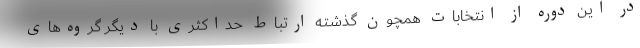
در این دوره از انتخابات همچون گذشته ارتباط حداکثری با دیگر گروه‌های